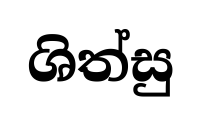
ශිත්සු